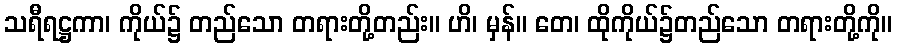
သရီရဋ္ဌကာ၊ ကိုယ်၌ တည်သော တရားတို့တည်း။ ဟိ၊ မှန်။ တေ၊ ထိုကိုယ်၌တည်သော တရားတို့ကို။